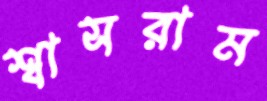
শ্বাসরাম